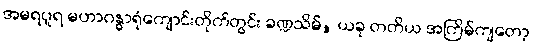
အမရပူရ မဟာဂန္ဓာရုံကျောင်းတိုက်တွင်း ခဏ္ဍသိမ်, ယခု တတိယ အကြိမ်ကျတော့